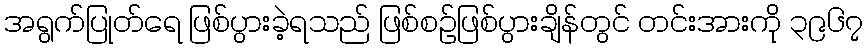
အရွက်ပြုတ်ရေ ဖြစ်ပွားခဲ့ရသည် ဖြစ်စဉ်ဖြစ်ပွားချိန်တွင် တင်းအားကို ၃၉၆၇